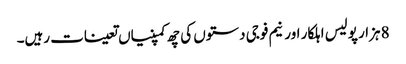
8 ہزار پولیس اہلکار اور نیم فوجی دستوں کی چھ کمپنیاں تعینات رہیں۔